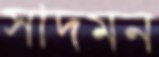
সাদমন